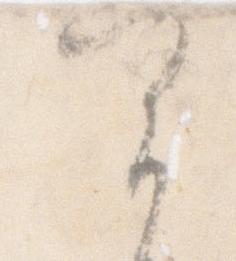
実